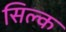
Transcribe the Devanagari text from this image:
सिल्‍क